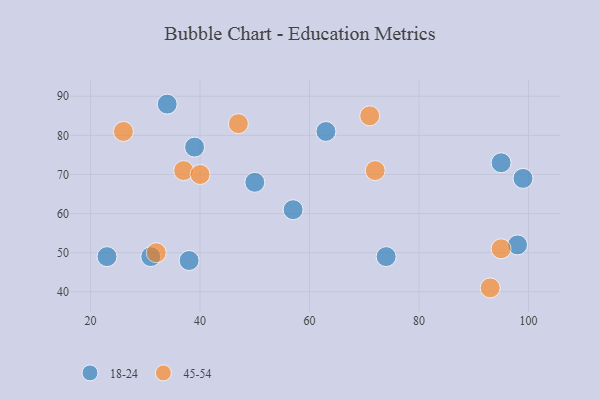
{"axis": {"x": "GDP", "y": "Life Expectancy"}, "legend": ["18-24", "45-54"], "data": [{"x": "95", "y": 73, "type": "18-24"}, {"x": "57", "y": 61, "type": "18-24"}, {"x": "50", "y": 68, "type": "18-24"}, {"x": "38", "y": 48, "type": "18-24"}, {"x": "99", "y": 69, "type": "18-24"}, {"x": "74", "y": 49, "type": "18-24"}, {"x": "39", "y": 77, "type": "18-24"}, {"x": "98", "y": 52, "type": "18-24"}, {"x": "34", "y": 88, "type": "18-24"}, {"x": "63", "y": 81, "type": "18-24"}, {"x": "23", "y": 49, "type": "18-24"}, {"x": "31", "y": 49, "type": "18-24"}, {"x": "37", "y": 71, "type": "45-54"}, {"x": "26", "y": 81, "type": "45-54"}, {"x": "95", "y": 51, "type": "45-54"}, {"x": "40", "y": 70, "type": "45-54"}, {"x": "32", "y": 50, "type": "45-54"}, {"x": "47", "y": 83, "type": "45-54"}, {"x": "71", "y": 85, "type": "45-54"}, {"x": "72", "y": 71, "type": "45-54"}, {"x": "93", "y": 41, "type": "45-54"}]}